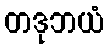
တဒုဘယံ